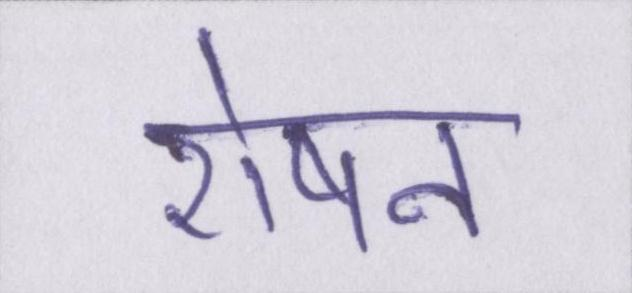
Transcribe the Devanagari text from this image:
रोषन